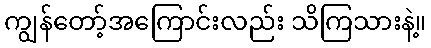
ကျွန်တော့်အကြောင်းလည်း သိကြသားနဲ့။